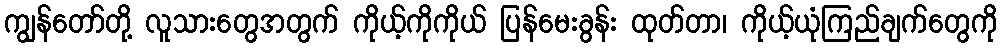
ကျွန်တော်တို့ လူသားတွေအတွက် ကိုယ့်ကိုကိုယ် ပြန်မေးခွန်း ထုတ်တာ၊ ကိုယ့်ယုံကြည်ချက်တွေကို